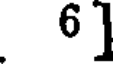
6]